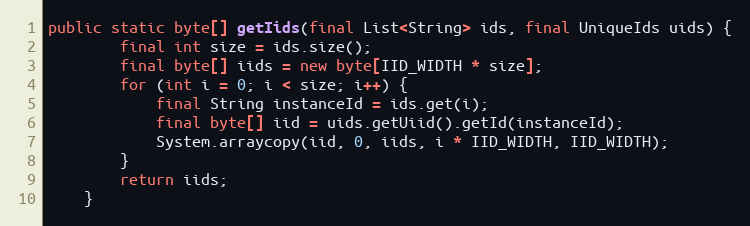
Language: Java
public static byte[] getIids(final List<String> ids, final UniqueIds uids) {
        final int size = ids.size();
        final byte[] iids = new byte[IID_WIDTH * size];
        for (int i = 0; i < size; i++) {
            final String instanceId = ids.get(i);
            final byte[] iid = uids.getUiid().getId(instanceId);
            System.arraycopy(iid, 0, iids, i * IID_WIDTH, IID_WIDTH);
        }
        return iids;
    }